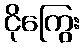
ငိုကြွေး